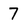
Character: 7